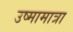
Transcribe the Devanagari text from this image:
उष्मामात्रा